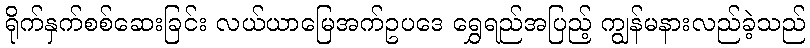
ရိုက်နှက်စစ်ဆေးခြင်း လယ်ယာမြေအက်ဥပဒေ ရွှေရည်အပြည့် ကျွန်မနားလည်ခဲ့သည်